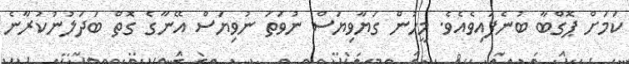
ކަމަށް ޕޮގްބާ ބުނެފައިވެއެވެ. މީހުން ގަޔާވިޔަސް ނުވަތަ ނުވިޔަސް އޭނާގެ ގޮތް ބަދަލުނުކުރާނެ